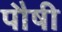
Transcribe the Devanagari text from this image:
पौषी